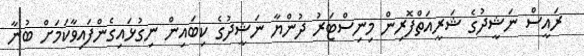
ރައީސް ނަޝީދުގެ ޝަރީއަތްފޮރިން މިނިސްޓަރު ދުންޔާ ނަޝީދުގެ ކިބައިން ނިގުޅައިގެންފައިވާކަމަށް ބުނާ